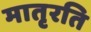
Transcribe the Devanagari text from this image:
मातृरति